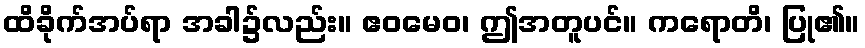
ထိခိုက်အပ်ရာ အခါ၌လည်း။ ဧဝမေဝ၊ ဤအတူပင်။ ကရောတိ၊ ပြု၏။